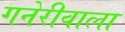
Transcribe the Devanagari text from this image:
गनेरीवाला